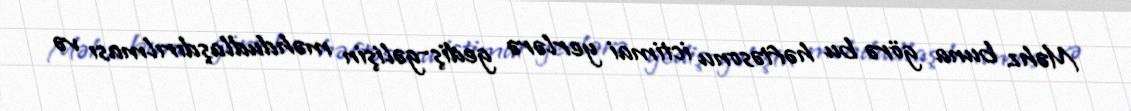
Məhz buna görə bu həftəsonu ictimai yerlərə gediş-gəlişin məhdudlaşdırılması və